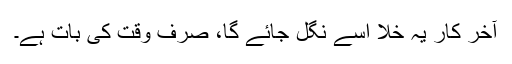
آخر کار یہ خلا اسے نگل جائے گا، صرف وقت کی بات ہے۔